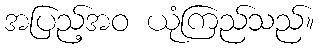
အပြည့်အဝ ယုံကြည်သည်။